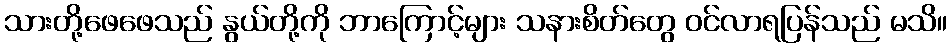
သားတို့ဖေဖေသည် နွယ်တို့ကို ဘာကြောင့်များ သနားစိတ်တွေ ဝင်လာရပြန်သည် မသိ။